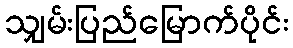
သျှမ်းပြည်မြောက်ပိုင်း